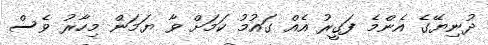
ދުނިޔޭގެ އެންމެ ފަގީރު އެއް ގައުމު ކަމަށް ވާ ޔަމަން މިހާރު ވެސް